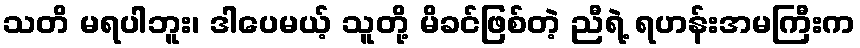
သတိ မရပါဘူး၊ ဒါပေမယ့် သူတို့ မိခင်ဖြစ်တဲ့ ညီရဲ့ ရဟန်းအမကြီးက